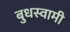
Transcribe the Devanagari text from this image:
बुधस्वामी